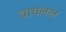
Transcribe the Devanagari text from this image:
वाचलात